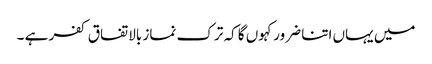
میں یہاں اتنا ضرور کہوں گا کہ ترک نماز بالاتفاق کفر ہے ۔